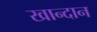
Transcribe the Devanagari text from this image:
खान्दान